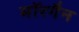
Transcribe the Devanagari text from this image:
मॉरगैन